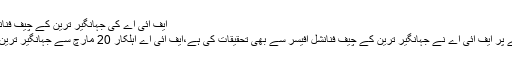
ایف آئی اے کی جہانگیر ترین کے چیف فنانشل آفیسرسے بھی تحقیقات
آٹا چینی بحران کے معاملے پر ایف آئی اے نے جہانگیر ترین کے چیف فنانشل آفیسر سے بھی تحقیقات کی ہے،ایف آئی اے اہلکار 20 مارچ سے جہانگیر ترین کے دفاتر میں موجود ہیں۔